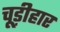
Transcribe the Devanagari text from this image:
चूड़ीहार